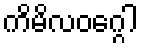
ကိမိလဝဂ္ဂေါ